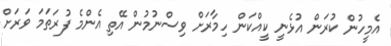
އެމީހުން ކުރަން އުޅެނީ ކީއްކަން ހިމާރަށް ވިސްނުމުން އޭތި އެންމެ ފުރަތަމަ ވަރަށް